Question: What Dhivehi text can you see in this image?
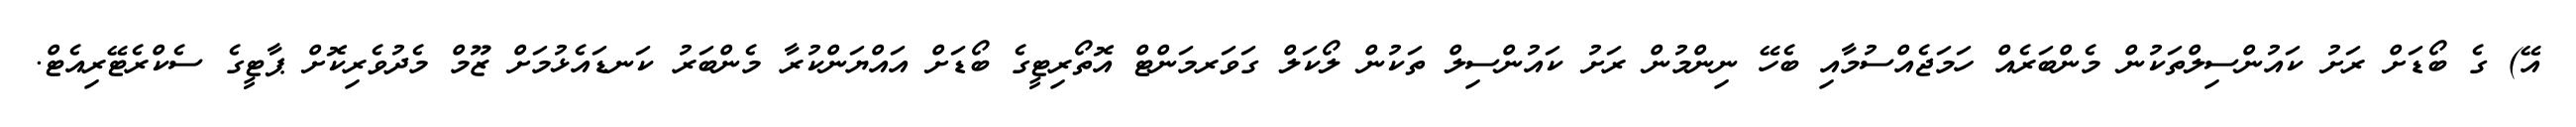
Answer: އޭ) ގެ ބޯޑަށް ރަށު ކައުންސިލްތަކުން މެންބަރެއް ހަމަޖެއްސުމާއި ބެހޭ ނިންމުން ރަށު ކައުންސިލް ތަކުން ލޯކަލް ގަވަރމަންޓް އޮތޯރިޓީގެ ބޯޑަށް އައްޔަންކުރާ މެންބަރު ކަނޑައެޅުމަށް ޒޫމް މެދުވެރިކޮށް ޕާޓީގެ ސެކްރެޓޭރިއެޓް.